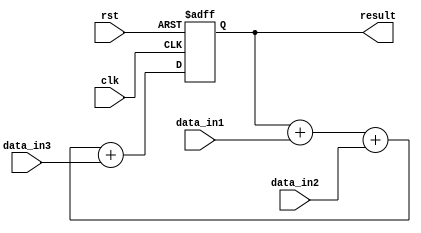
module parallel_accumulator (
    input clk,
    input rst,
    input [7:0] data_in1,
    input [7:0] data_in2,
    input [7:0] data_in3,
    output reg [15:0] result
);

reg [15:0] accumulator;

always @ (posedge clk or posedge rst) begin
    if (rst) begin
        accumulator <= 0;
    end else begin
        accumulator <= accumulator + data_in1 + data_in2 + data_in3;
    end
end

assign result = accumulator;

endmodule